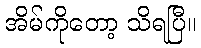
အိမ်ကိုတော့ သိရပြီ။